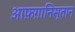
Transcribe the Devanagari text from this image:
आफ़ग़ानिस्तान